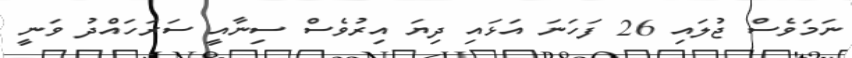
ނަމަވެސް ޖުލައި 26 ފަހަނަ އަޅައި ދިޔަ އިރުވެސް ސިނާއީ ސަރަހައްދު ވަނީ